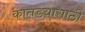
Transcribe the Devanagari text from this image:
कातडय़ासाठी